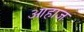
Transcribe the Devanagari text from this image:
आहाज